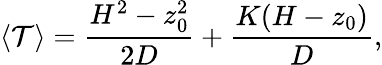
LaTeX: \langle\mathcal{T}\rangle=\frac{H^{2}-z_{0}^{2}}{2D}+\frac{K(H-z_{0})}{D},